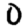
Digit: 0